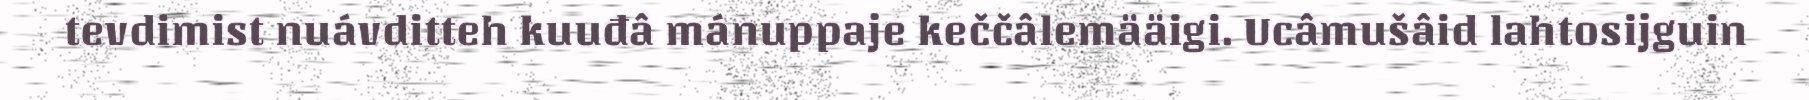
tevdimist nuávditteh kuuđâ mánuppaje keččâlemääigi. Ucâmušâid lahtosijguin